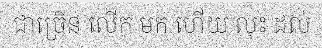
ជាច្រើន លើក មក ហើយ លុះ ដល់